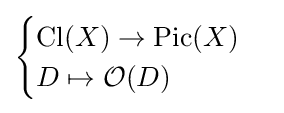
{\begin{cases}\operatorname {Cl} (X)\to \operatorname {Pic} (X)\\D\mapsto {\mathcal {O}}(D)\end{cases}}